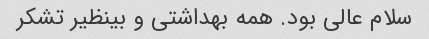
سلام عالی بود. همه بهداشتی و بینظیر تشکر